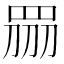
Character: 𥅫